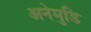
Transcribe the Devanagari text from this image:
अनेमुडि